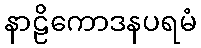
နာဠိကောဒနပရမံ